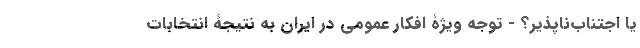
یا اجتناب‌ناپذیر؟ - توجه ویژۀ افکار عمومی در ایران به نتیجۀ انتخابات